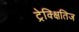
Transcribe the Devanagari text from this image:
ट्रेक्क्षितिज